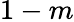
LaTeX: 1-m